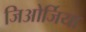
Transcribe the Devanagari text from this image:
जिओर्जिया